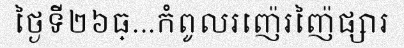
ថ្ងៃទី២៦ធ្...កំពូលរញ៉េរញ៉ៃផ្សារ